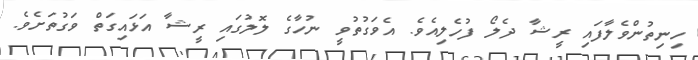
ހިނިތުންވެލާފައި ރީޝާ ދެލޯ ފުހެލިއެވެ. އެވަގުތުވީ ނުހާގެ ލޮލުގައި ރީޝާ އަޅައިގަތް ވަގުތަށެވެ.